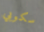
سكوبي